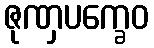
ဇုဏှပက္ခေဝ